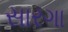
સારગા